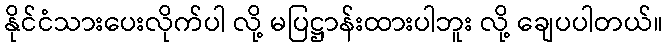
နိုင်ငံသားပေးလိုက်ပါ လို့ မပြဋ္ဌာန်းထားပါဘူး လို့ ချေပပါတယ်။